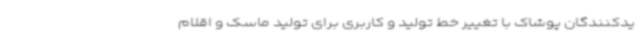
یدکنندگان پوشاک با تغییر خط تولید و کاربری برای تولید ماسک و اقلام